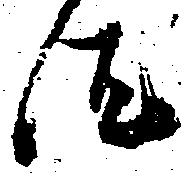
汰